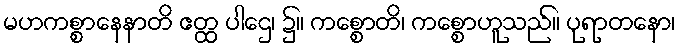
မဟကစ္စာနေနာတိ ဧတ္ထ ပါဌေ၊ ၌။ ကစ္စောတိ၊ ကစ္စောဟူသည်။ ပုရာတနော၊